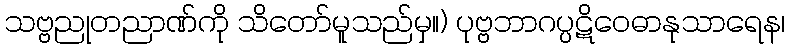
သဗ္ဗညုတညာဏ်ကို သိတော်မူသည်မှ။) ပုဗ္ဗဘာဂပ္ပဋိဝေဓာနုသာရေန၊